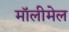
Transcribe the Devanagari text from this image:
मॉलीमेल